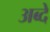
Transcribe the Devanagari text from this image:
अब्दे